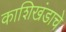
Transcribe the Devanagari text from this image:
काशिखंडाचे